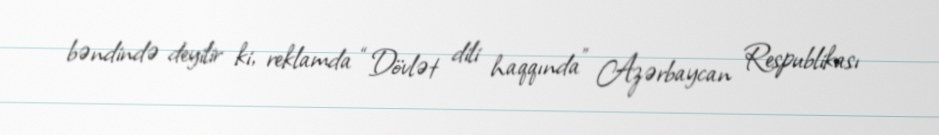
bəndində deyilir ki, reklamda “Dövlət dili haqqında” Azərbaycan Respublikası